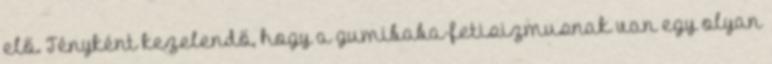
elő. Tényként kezelendő, hogy a gumibaba-fetisizmusnak van egy olyan